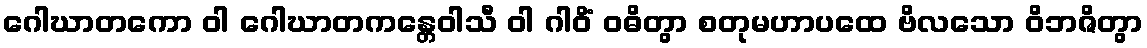
ဂေါဃာတကော ဝါ ဂေါဃာတကန္တေဝါသီ ဝါ ဂါဝိံ ဝဓိတွာ စတုမဟာပထေ ဗိလသော ဝိဘဇိတွာ